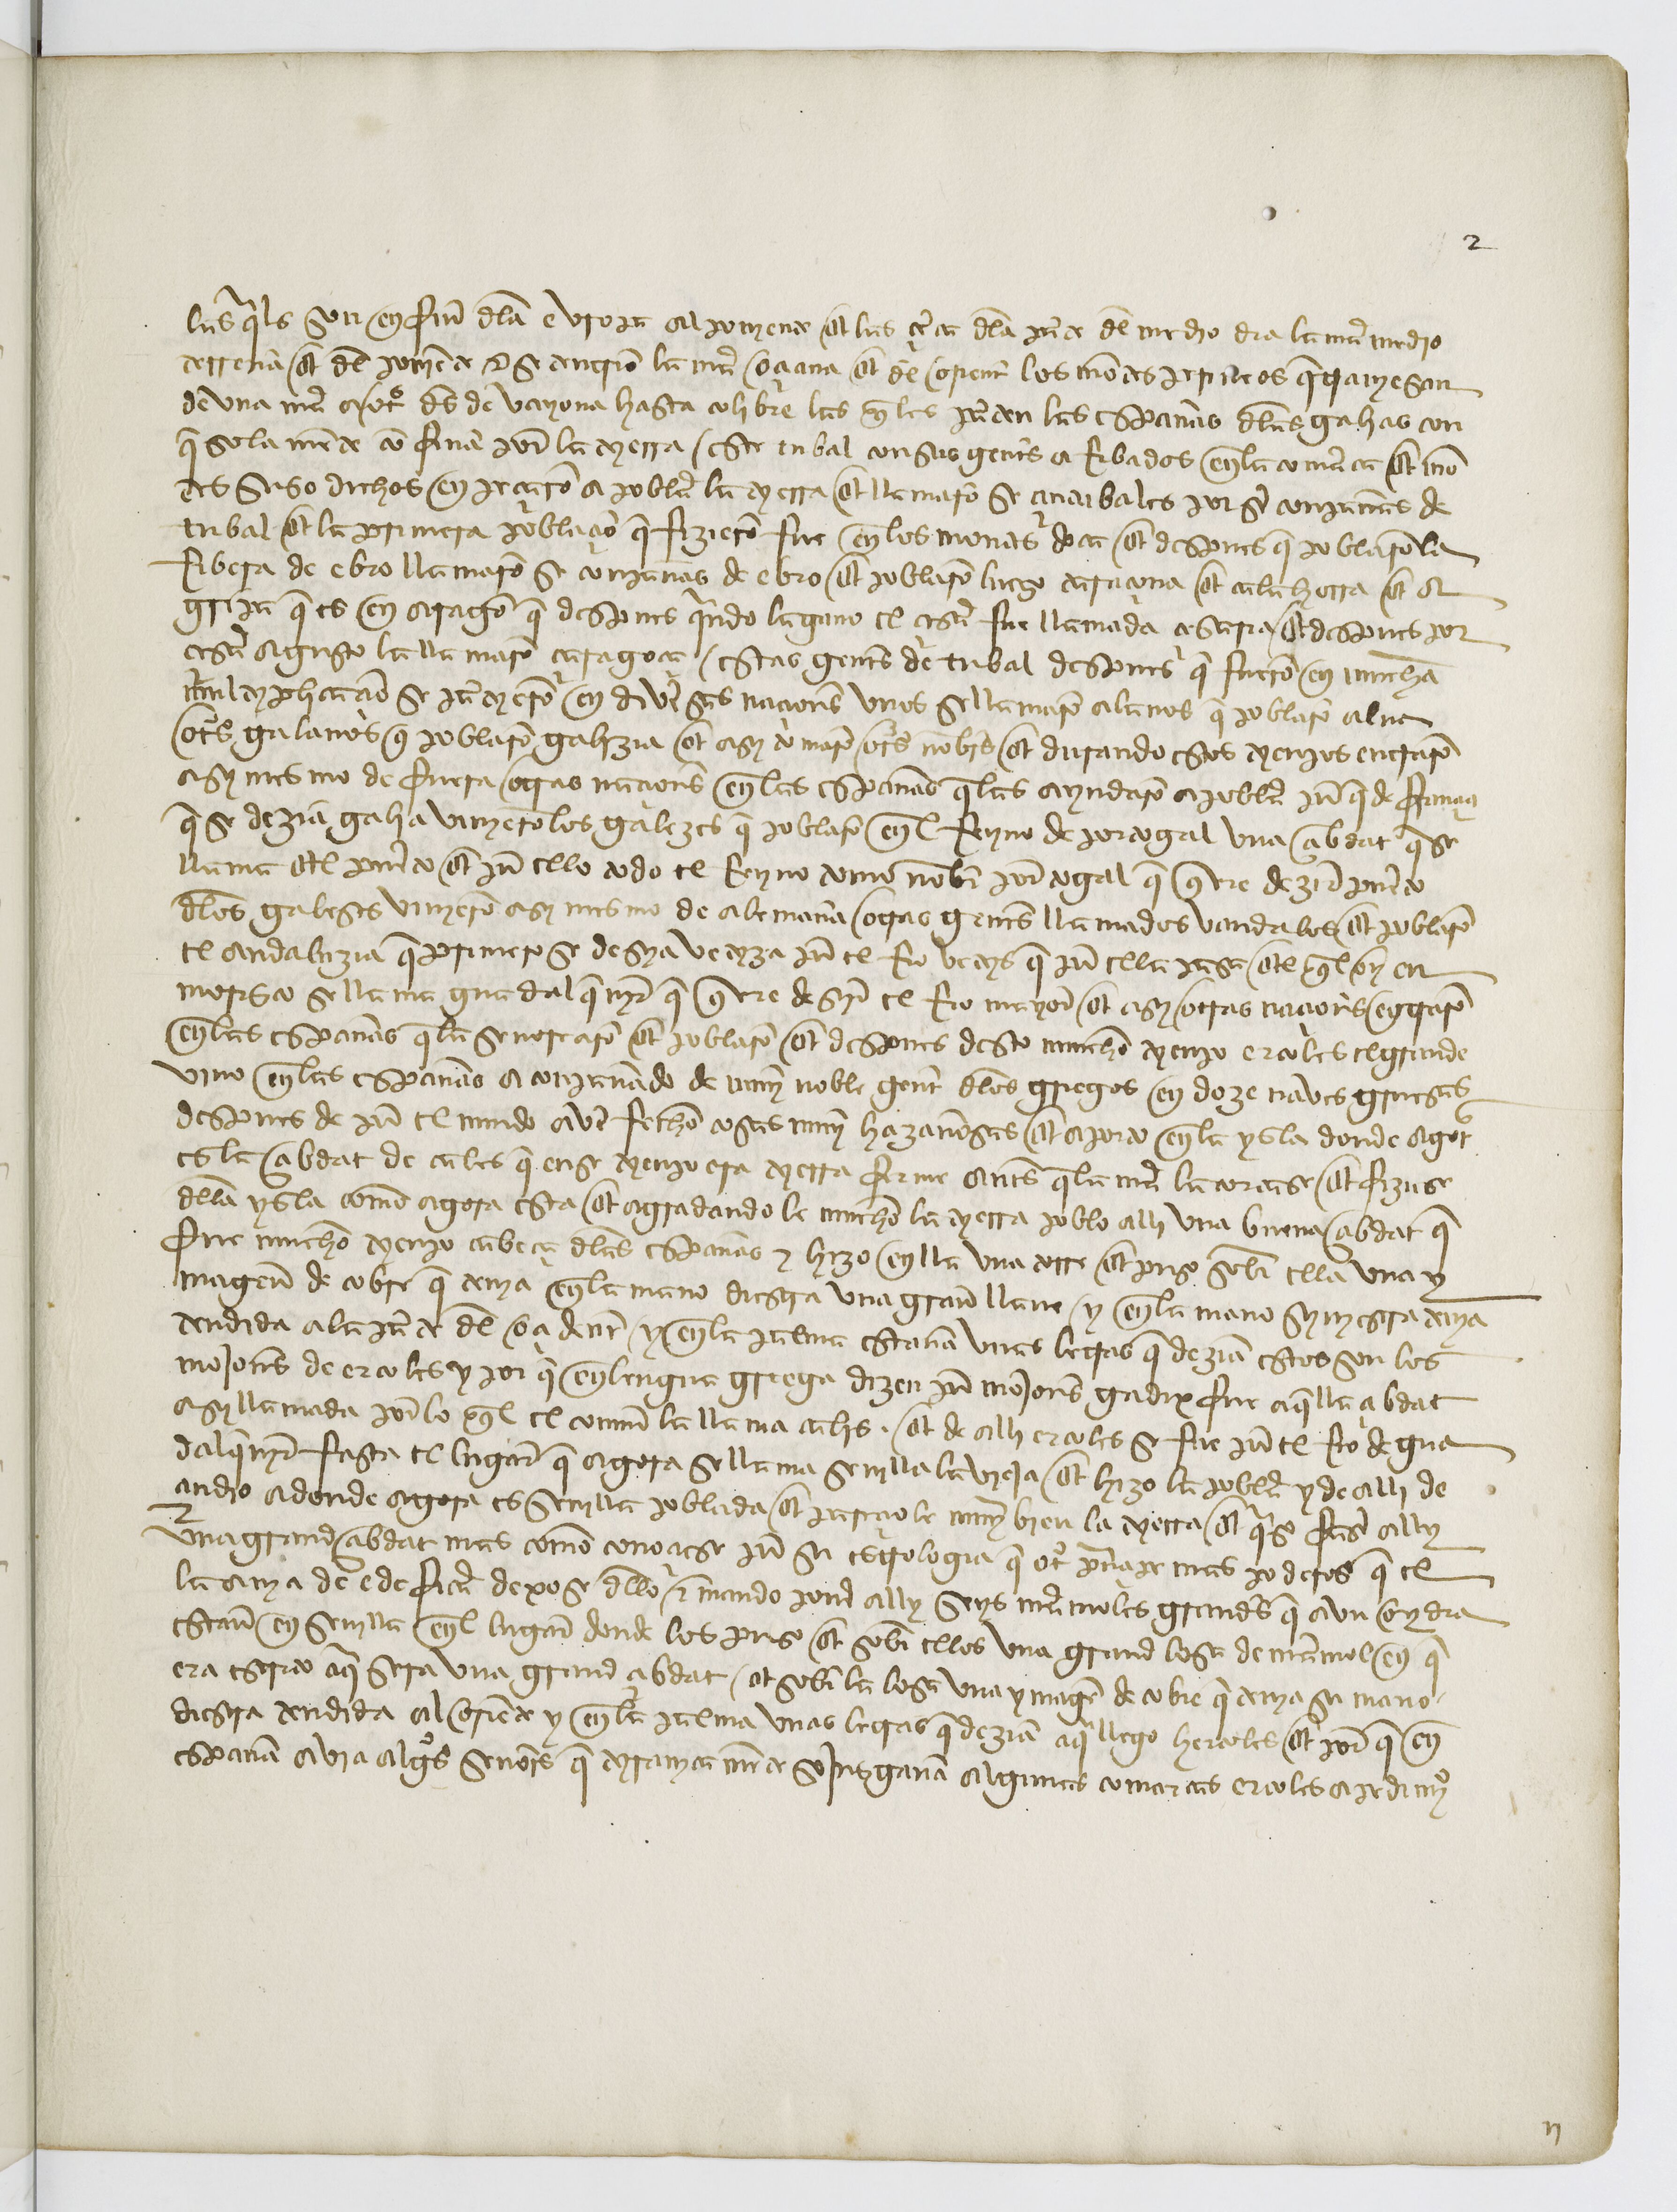
Shelfmark: Paris, BnF, esp. 110
Century: 15